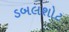
ડબલશોટ